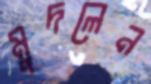
মুদলেন